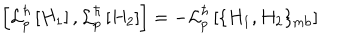
\left[ { \cal L } _ { p } ^ { \hbar } \left[ H _ { 1 } \right] , { \cal L } _ { p } ^ { \hbar } \left[ H _ { 2 } \right] \right] = - { \cal L } _ { p } ^ { \hbar } \left[ \{ H _ { 1 } , H _ { 2 } \} _ { \mathrm { m b } } \right]